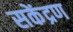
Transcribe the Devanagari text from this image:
सकेंद्रण